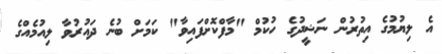
އެ ލިޔުމުގެ އިތުރުން ނަޝީދުގެ ހުކުމް "މާފްކޮށްފައިވާ" ކަމަށް ބުނެ ދައުރުވާ ލިއުމެއްގެ